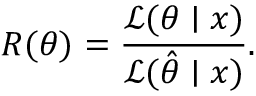
R ( \theta ) = { \frac { { \mathcal { L } } ( \theta \mid x ) } { { \mathcal { L } } ( { \hat { \theta } } \mid x ) } } .